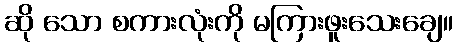
ဆို သော စကားလုံးကို မကြားဖူးသေးချေ။